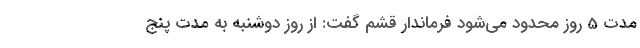
مدت 5 روز محدود می‌شود فرماندار قشم گفت: از روز دوشنبه به مدت پنج